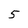
Character: 5